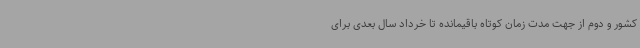
کشور و دوم از جهت مدت زمان کوتاه باقیمانده تا خرداد سال بعدی برای